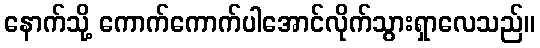
နောက်သို့ ကောက်ကောက်ပါအောင်လိုက်သွားရှာလေသည်။